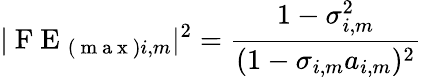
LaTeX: |\mathrm{~F~E~}_{(\mathrm{~m~a~x~})i,m}|^{2}=\frac{1-\sigma_{i,m}^{2}}{(1-\sigma_{i,m}a_{i,m})^{2}}